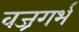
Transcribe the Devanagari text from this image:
वज्रगर्भ